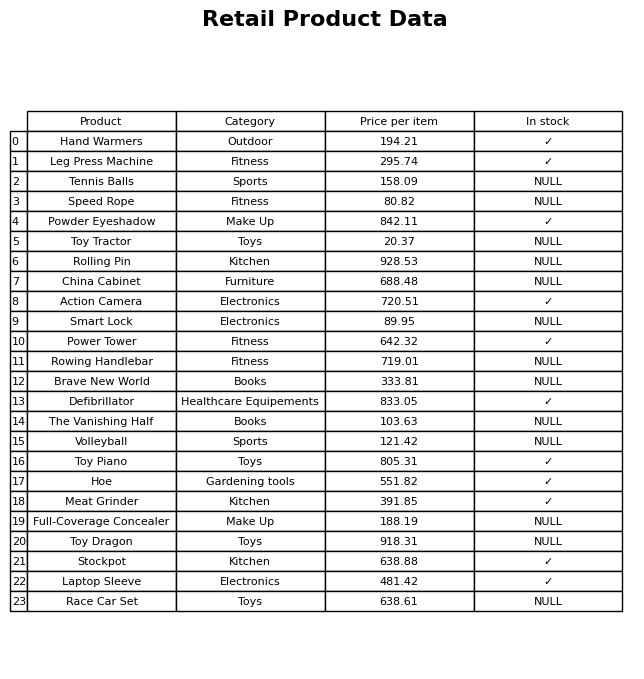
question: Which products are available in stock?
answer: Hand Warmers, Leg Press Machine, Powder Eyeshadow, Action Camera, Power Tower, Defibrillator, Toy Piano, Hoe, Meat Grinder, Stockpot, Laptop Sleeve